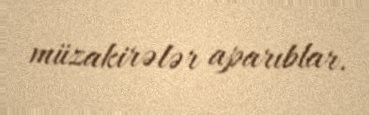
müzakirələr aparıblar.